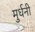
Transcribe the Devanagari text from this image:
मुर्धनी